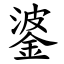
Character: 錃